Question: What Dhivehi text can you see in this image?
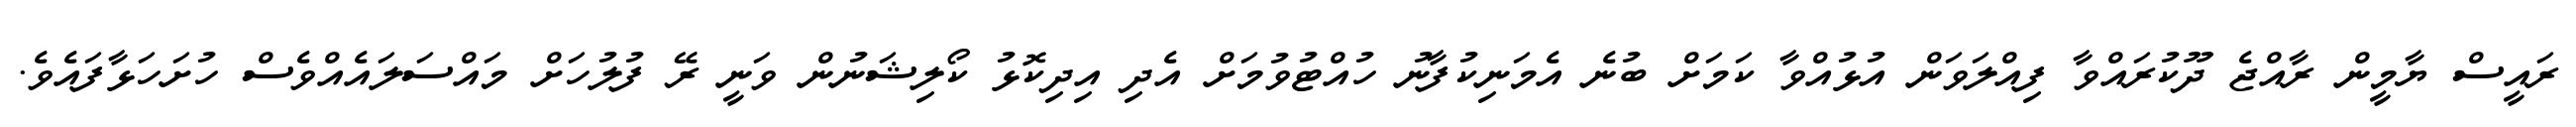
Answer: ރައީސް ޔާމީން ރާއްޖެ ދޫކުރައްވާ ފިއްލަވަން އުޅުއްވާ ކަމަށް ބުނެ އެމަނިކުފާނު ހުއްޓުވުމަށް އެދި އިދިކޮޅު ކޯލިޝަނުން ވަނީ ރޭ ފުލުހަށް މައްސަލައެއްވެސް ހުށަހަޅާފައެވެ.